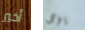
أخير يومى